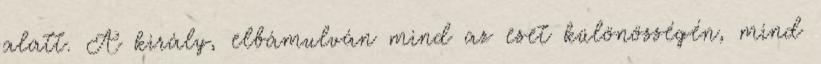
alatt. A király, elbámulván mind az eset különösségén, mind